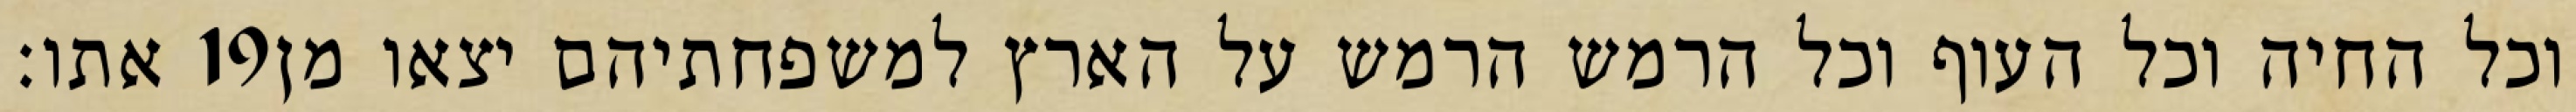
אתו׃ ‎19‏ וכל החיה וכל העוף וכל הרמש הרמש על הארץ למשפחתיהם יצאו מן